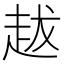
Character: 𧺺